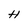
Character: H